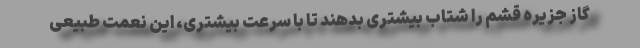
گاز جزیره قشم را شتاب بیشتری بدهند تا با سرعت بیشتری، این نعمت طبیعی